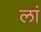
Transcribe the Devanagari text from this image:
लां